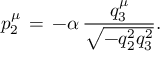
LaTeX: p _ { 2 } ^ { \mu } \, = \, - \alpha \, \frac { q _ { 3 } ^ { \mu } } { \sqrt { - q _ { 2 } ^ { 2 } q _ { 3 } ^ { 2 } } } .